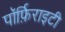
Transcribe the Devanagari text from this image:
पॉर्फ़िराइटी